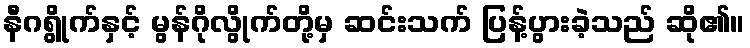
နီဂရွိုက်နှင့် မွန်ဂိုလွိုက်တို့မှ ဆင်းသက် ပြန့်ပွားခဲ့သည် ဆို၏။